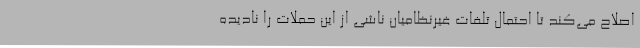
اصلاح می‌کند تا احتمال تلفات غیرنظامیان ناشی از این حملات را نادیده